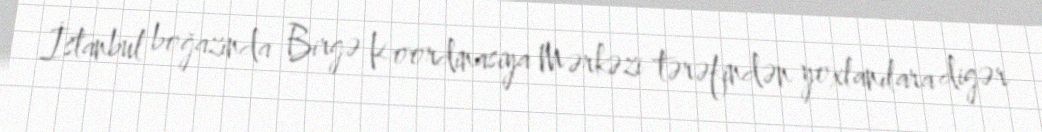
İstanbul boğazında Birgə Koordinasiya Mərkəzi tərəfindən yoxlanılara digər